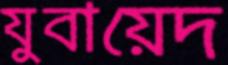
যুবায়েদ